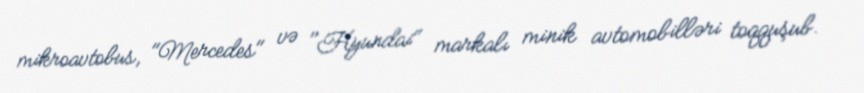
mikroavtobus, "Mercedes" və "Hyundai" markalı minik avtomobilləri toqquşub.